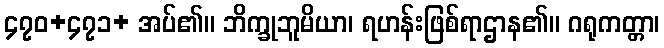
၄၇၀+၄၇၁+ အပ်၏။ ဘိက္ခုဘူမိယာ၊ ရဟန်းဖြစ်ရာဌာန၏။ ဂရုကတ္တာ၊